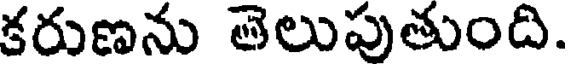
కరుణను తెలుపుతుంది.